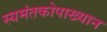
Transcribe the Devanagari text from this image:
स्यमंतकोपाख्यान